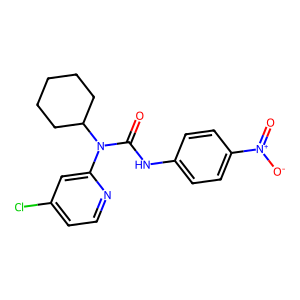
SMILES: O=C(Nc1ccc([N+](=O)[O-])cc1)N(c1cc(Cl)ccn1)C1CCCCC1
Inhibits HIV replication: No